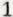
1